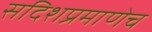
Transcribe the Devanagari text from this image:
सदिशप्रमाणेच